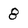
Character: 8